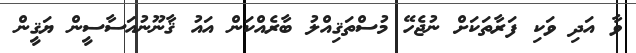
ވާ އަދި ވަކި ފަރާތަކަށް ނުޖެހޭ މުސްތަޤިއްލު ބާރެއްކަން އައު ޤާނޫނުއަސާސީން ޔަޤީން